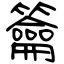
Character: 籥